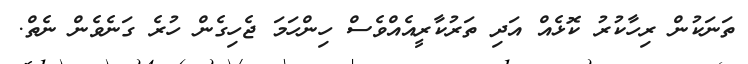
ތަނަކުން ރިހާކުރު ކޮޅެއް އަދި ތަރުކާރީއެއްވެސް ހިންހަމަ ޖެހިގެން ހުރެ ގަނެވެން ނެތް.